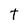
Character: T